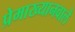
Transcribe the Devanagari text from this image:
प्रेमाख्यानवाले